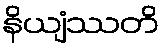
နိယျံဿတိ